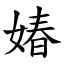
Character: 媋